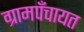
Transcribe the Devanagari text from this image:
ग्रामपँचायत